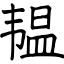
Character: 韫